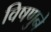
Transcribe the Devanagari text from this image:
विषणुने